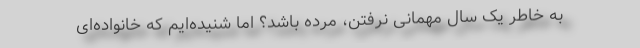
به خاطر یک سال مهمانی نرفتن، مرده باشد؟ اما شنیده‌ایم که خانواده‌ای